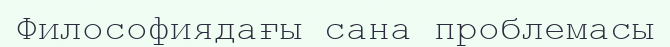
Философиядағы сана проблемасы